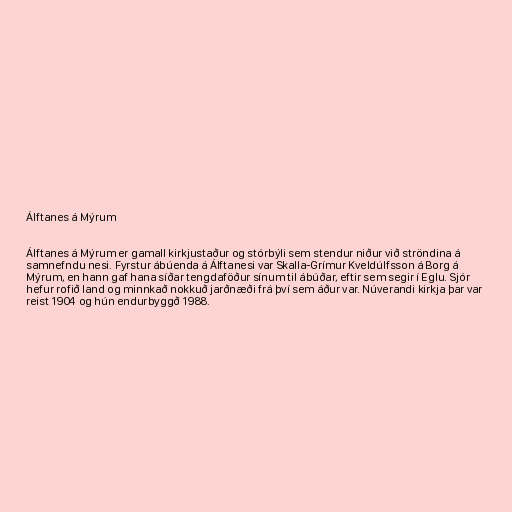
Álftanes á Mýrum

Álftanes á Mýrum er gamall kirkjustaður og stórbýli sem stendur niður við ströndina á
samnefndu nesi. Fyrstur ábúenda á Álftanesi var Skalla-Grímur Kveldúlfsson á Borg á
Mýrum, en hann gaf hana síðar tengdaföður sínum til ábúðar, eftir sem segir í Eglu. Sjór
hefur rofið land og minnkað nokkuð jarðnæði frá því sem áður var. Núverandi kirkja þar var
reist 1904 og hún endurbyggð 1988.